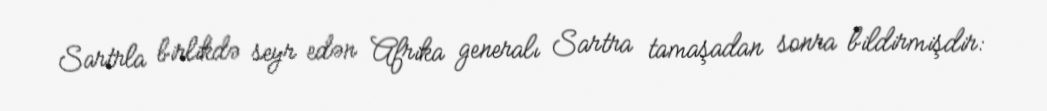
Sartrla birlikdə seyr edən Afrika generalı Sartra tamaşadan sonra bildirmişdir: